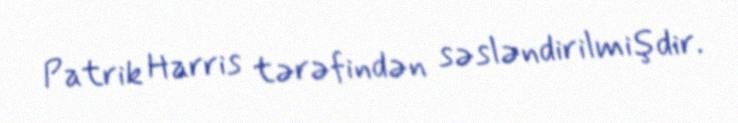
Patrik Harris tərəfindən səsləndirilmişdir.